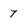
Character: 7